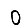
Digit: 0